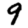
Digit: 9